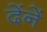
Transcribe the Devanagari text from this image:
देंनें